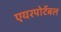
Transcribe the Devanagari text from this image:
एयरपोर्टेबल